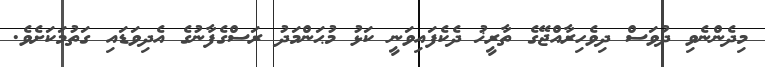
މިދެންނެވި ދުވަސް ދިވެހިރާއްޖޭގެ ތާރީޚު ދެކެފައިވަނީ ކަޅު މުޙަންމަދު ރަސްގެފާނުގެ އެދިވަޑައި ގަތުމަކަށެވެ.